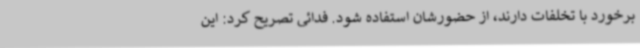
برخورد با تخلفات دارند، از حضورشان استفاده شود. فدائی تصریح کرد: این